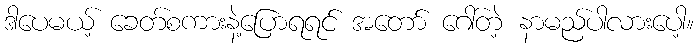
ဒါပေမယ့် ခေတ်စကားနဲ့ပြောရရင် အတော် ဂေါ်တဲ့ နာမည်ပါလားပေါ့။